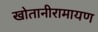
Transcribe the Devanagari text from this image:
खोतानीरामायण